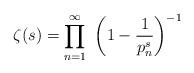
LaTeX: \begin{align*}\zeta(s) = \prod_{n=1}^\infty\ \left(1-\frac{1}{p^s_n}\right)^{-1}\end{align*}